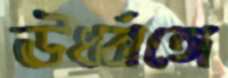
ঊর্ধ্বাঙ্গে